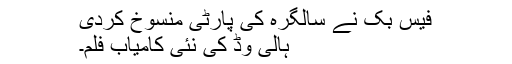
فیس بک نے سالگرہ کی پارٹی منسوخ کردی
ہالی وڈ کی نئی کامیاب فلم۔